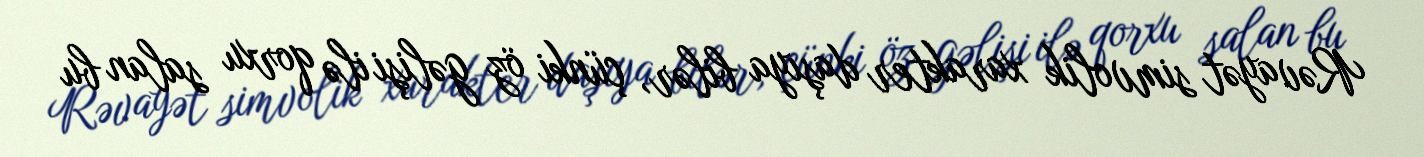
Rəvayət simvolik xarakter daşıya bilər, çünki öz gəlişi ilə qorxu salan bu